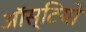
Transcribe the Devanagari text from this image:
ऑस्टियो